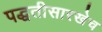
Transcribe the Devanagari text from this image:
पद्धतीसारखेच